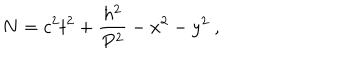
N = c ^ { 2 } t ^ { 2 } + \frac { \hbar ^ { 2 } } { P ^ { 2 } } - x ^ { 2 } - y ^ { 2 } ~ ,